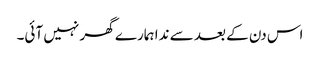
اس دن کے بعد سے ندا ہمارے گھر نہیں آئی۔